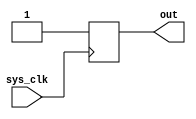
module yuliu(
	sys_clk,
	out);

	//---Ports declearation: generated by Robei---
	input sys_clk;
	output out;

	wire sys_clk;
	reg out;

	//----Code starts here: integrated by Robei-----
	//
	always@(posedge sys_clk) begin
	        out <= 1;
	end
	
	
	
endmodule    //yuliu